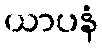
ယာပနံ